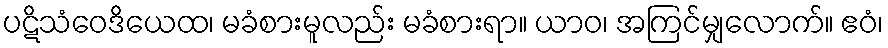
ပဋိသံဝေဒိယေထ၊ မခံစားမူလည်း မခံစားရာ။ ယာဝ၊ အကြင်မျှလောက်။ ဧဝံ၊